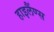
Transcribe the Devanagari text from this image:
हाइलैंण्स